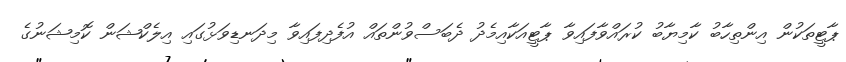
ޕާޓީތަކުން އިންތިހާބު ކާމިޔާބު ކުރައްވާފައިވާ ޕާޓީއަކާއިމެދު ދެބަސްވުންތައް އުފެދިފައިވާ މިދަނޑިވަޅުގައި އިލެކްޝަން ކޮމިޝަނުގެ